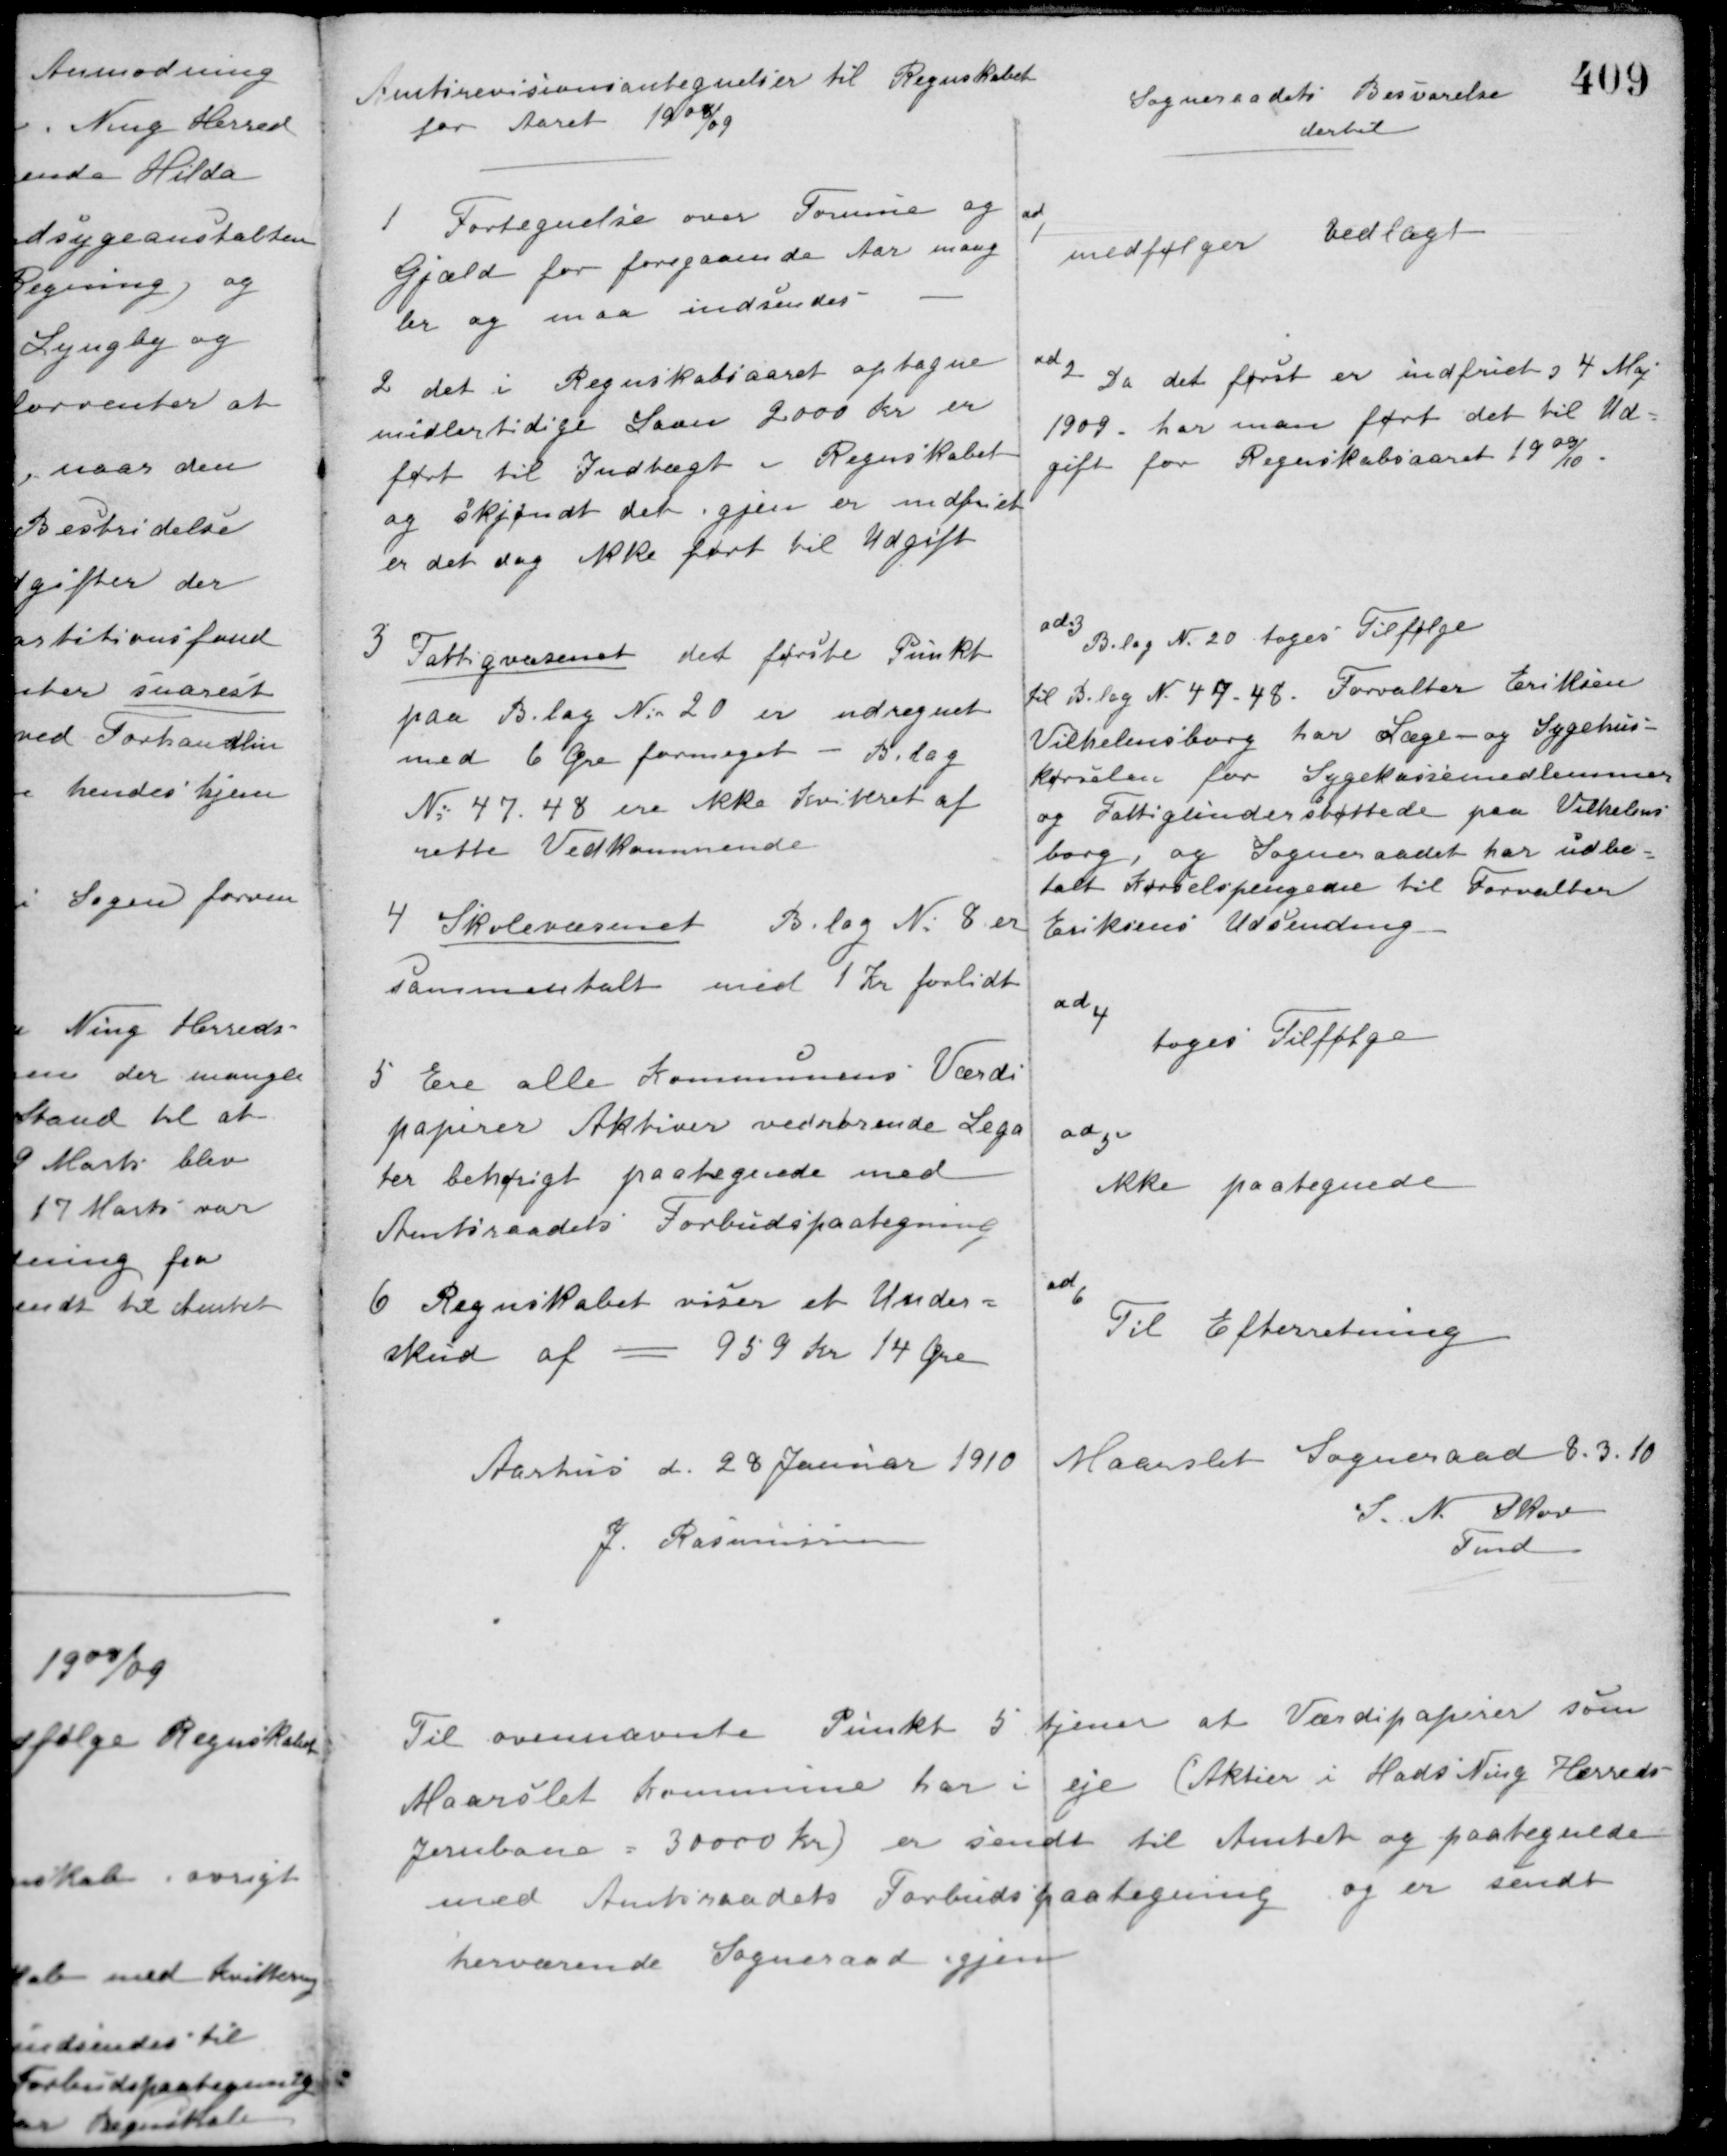
Transskription:
Til ovennævnte Punkt 5 tjener at Værdipapirer som
Maarslet kommune har i eje (Aktier i Hads Ning Herreds
Jernbane = 30000 Kr.) er sendt til Amtet og paategnede
med Amtsraadets Forbudspaategning og er sendt
herværende Sogneraad igjen